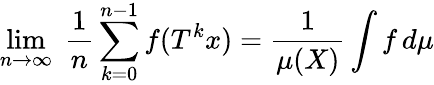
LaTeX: \operatorname*{lim}_{n\rightarrow\infty}\; {\frac{1}{n}}\sum_{k=0}^{n-1}f(T^{k}x)={\frac{1}{\mu(X)}}\int f\, d\mu